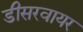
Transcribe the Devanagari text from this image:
डीसरवायर